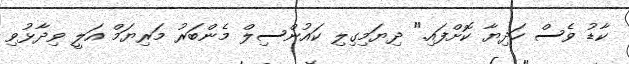
ކާޑު ވެސް ހަދިޔާ ކޮށްފައި." ދިޔަމިގިލި ކައުންސިލް މެންބަރު މަރިޔަމް އަލީ ވިދާޅުވި